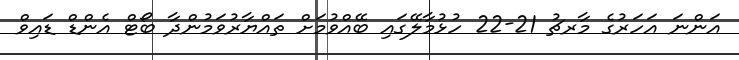
އަންނަ އަހަރުގެ މާރޗު 21-22 ހުޅުމާލޭގައި ބޭއްވުމަށް ތައްޔާރުވަމުންދާ ބޯޓް އެންޑް ޑައިވް